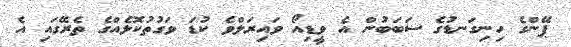
ޕޭންގެ ހިނިގަނޑުގެ ސަބަބުން އެ ވީޑިއޯ ވައިރަލްވެ ކުޑަ ވަގުތުކޮޅެއްގެ ތެރޭގައި އެ